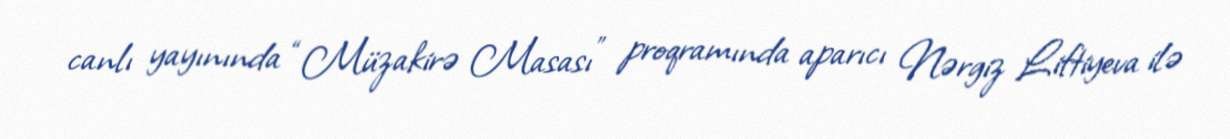
canlı yayınında “Müzakirə Masası” proqramında aparıcı Nərgiz Liftiyeva ilə